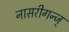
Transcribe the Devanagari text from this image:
नासरीगन्ज्